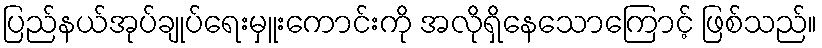
ပြည်နယ်အုပ်ချုပ်ရေးမှူးကောင်းကို အလိုရှိနေသောကြောင့် ဖြစ်သည်။